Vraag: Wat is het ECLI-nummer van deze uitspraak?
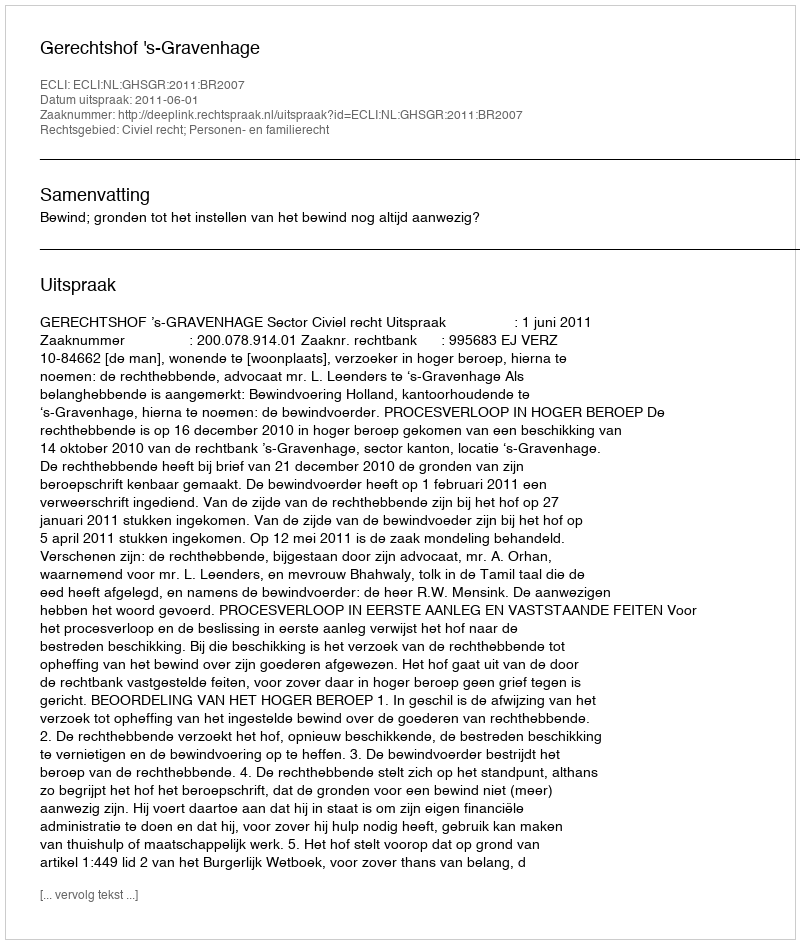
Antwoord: ECLI:NL:GHSGR:2011:BR2007